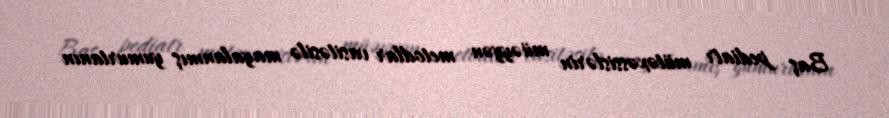
Baş pediatr mütəxəssislərin müəyyən metodlar vasitəsilə mayalanmış yumurtanın